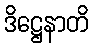
ဒိဋ္ဌေနာတိ